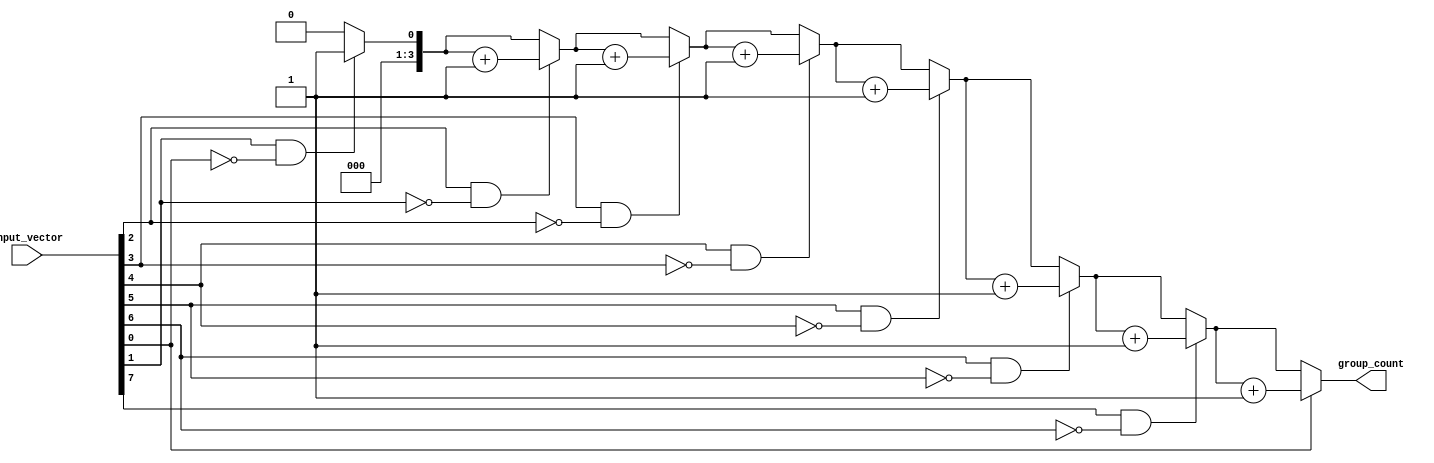
module group_ones (
    input [n-1:0] input_vector, // n-bit binary input vector
    output reg [3:0] group_count // Output to hold the count of groups
);
    parameter n = 8; // Define the width of input_vector (customize as needed)
    
    integer i;
    
    always @(*) begin
        group_count = 0; // Initialize group count
        for (i = 1; i < n; i = i + 1) begin
            // Check for transition from 0 to 1
            if (input_vector[i] == 1'b1 && input_vector[i-1] == 1'b0) begin
                group_count = group_count + 1; // Increment group count
            end
        end
        
        // Check if the first bit is 1 to count the first group
        if (input_vector[0] == 1'b1) begin
            group_count = group_count + 1;
        end
    end
endmodule